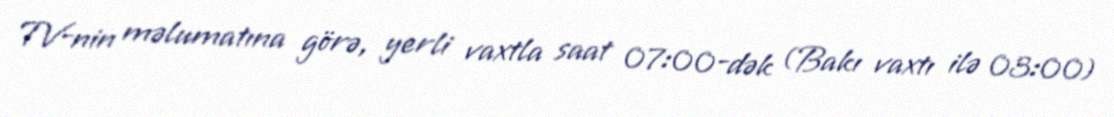
TV-nin məlumatına görə, yerli vaxtla saat 07:00-dək (Bakı vaxtı ilə 03:00)